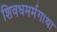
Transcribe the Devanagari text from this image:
शिवधमर्मगाथा